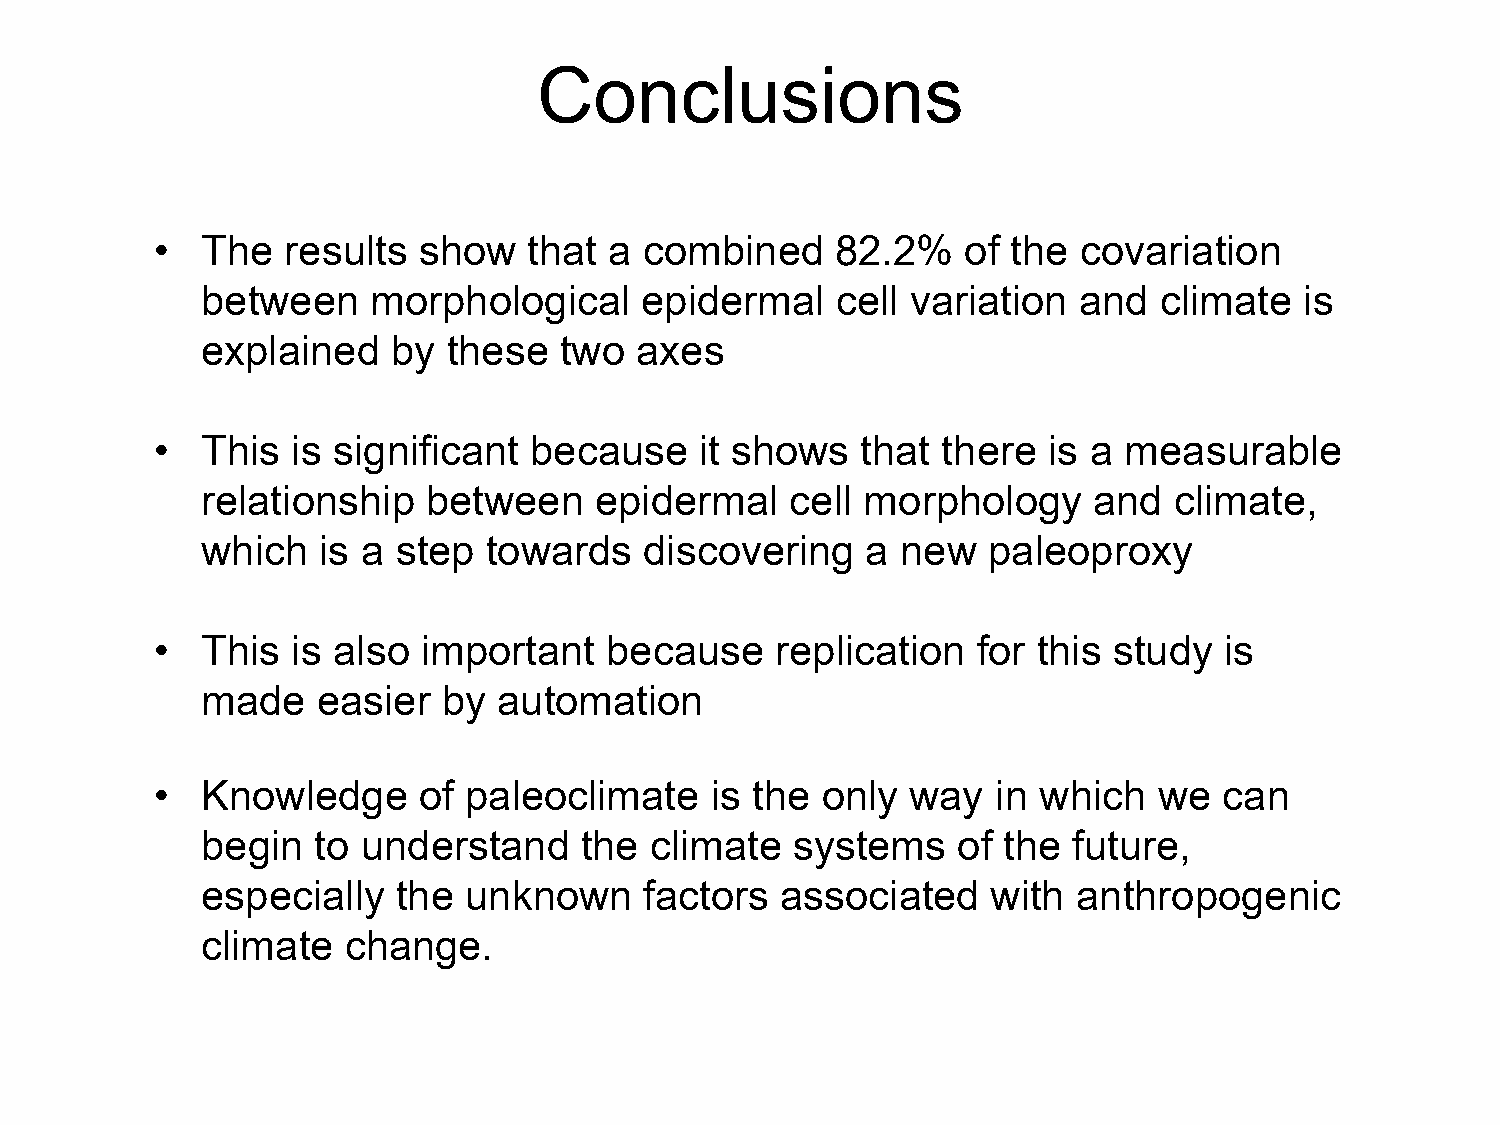
Conclusions
 •  The   results  show   that a  combined    82.2%    of the covariation
 between     morphological    epidermal    cell variation  and   climate  is
 explained    by  these  two  axes
 •  This  is significant  because    it shows   that there  is a measurable
 relationship   between    epidermal    cell morphology     and   climate,
 which   is a step  towards    discovering   a  new  paleoproxy
 •  This  is also  important   because    replication   for this study  is
 made    easier  by  automation
 •  Knowledge      of paleoclimate    is the only  way   in which   we  can
 begin   to understand    the  climate   systems   of the  future,
 especially   the  unknown     factors  associated    with anthropogenic
 climate   change.